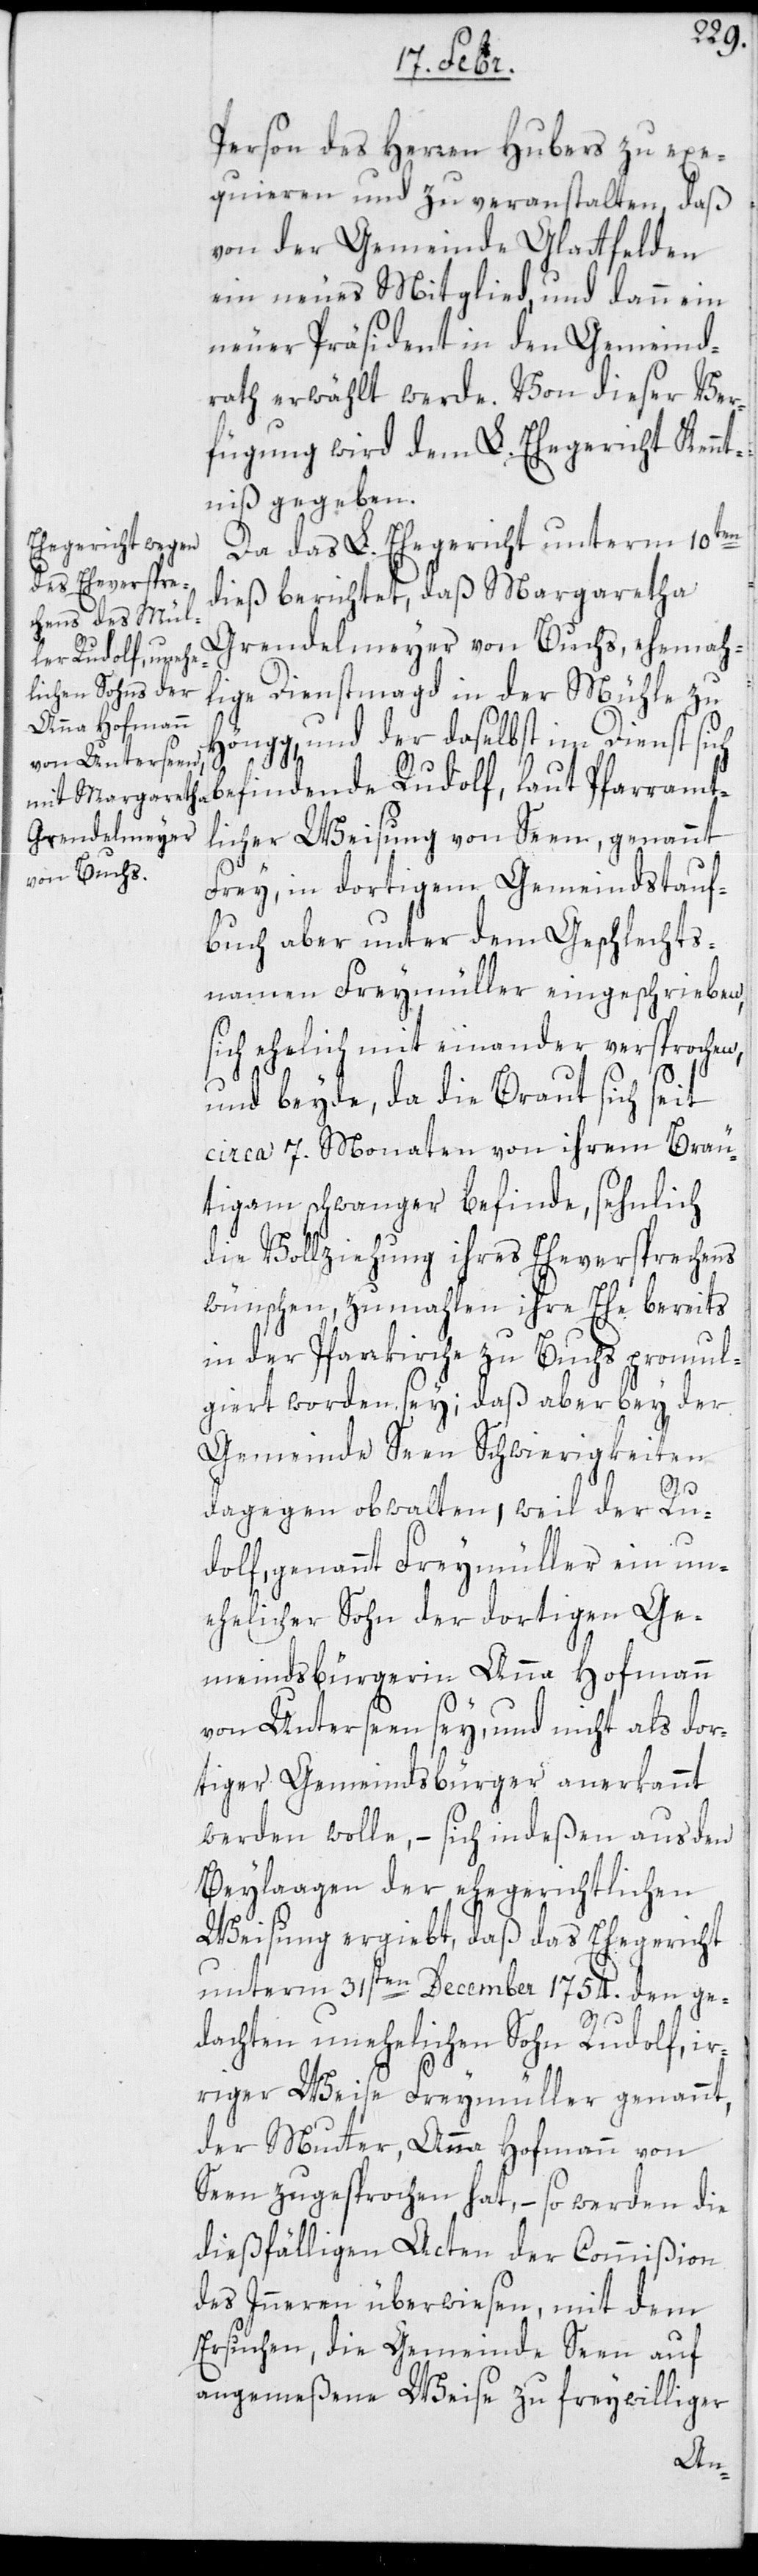
Person des Herren Hubers zu exe¬
quieren und zu veranstalten, daß
von der Gemeinde Glattfelden
ein neues Mitglied und dann ein
neuer Präsident in den Gemeind¬
rath erwählt werde. Von dieser Ver¬
fügung wird dem L. Ehegericht Kennt¬
niß gegeben.
Da das L. Ehegericht unterm 10ten
dieß berichtet, daß Margaretha
Grendelmeyer von Buchs, ehemah¬
lige Dienstmagd in der Mühle zu
Höngg, und der daselbst im Dienst sich
befindende Rudolf, laut Pfarramt¬
licher Weisung von Seen, genannt
Frey, in dortigem Gemeindstauf¬
buch aber unter dem Geschlechts¬
namen Freymüller eingeschrieben,
sich ehelich miteinander versprochen,
und beyde, da die Braut sich seit
circa 7. Monaten von ihrem Bräu¬
tigam schwanger befinde, sehnlich
die Vollziehung ihres Eheversprechens
wünschen, zumahlen ihre Ehe bereits
in der Pfarrkirche zu Buchs promul¬
giert worden sey; daß aber bey der
Gemeinde Seen Schwierigkeiten
dagegen obwalten, weil der Ru¬
dolf, genannt Freymüller ein un¬
ehelicher Sohn der dortigen Ge¬
meindsbürgerin Anna Hofmann
von Unterseen sey, und nicht als dor¬
tiger Gemeindsbürger anerkannt
werden wolle, – sich indeßen aus den
Beylagen der ehegerichtlichen
Weisung ergibt, daß das Ehegericht
unterm 31sten December 1754. den ge¬
dachten unehelichen Sohn Rudolf, ir¬
riger Weise Freymüller genannt,
der Mutter Anna Hofmann von
Seen zugesprochen hat, – so werden die
dießfälligen Acten der Commißion
des Innern überwiesen, mit dem
Ersuchen, die Gemeinde Seen auf
angemeßene Weise zu freywilliger